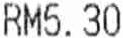
RM5.30